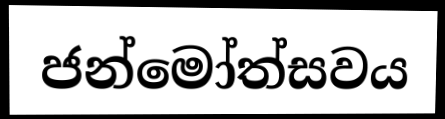
ජන්මෝත්සවය